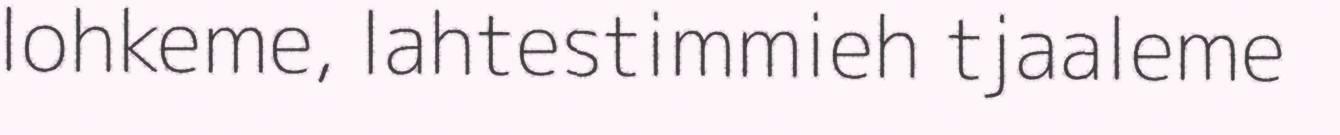
lohkeme, lahtestimmieh tjaaleme